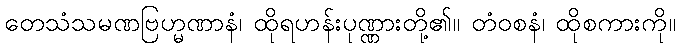
တေသံသမဏဗြဟ္မဏာနံ၊ ထိုရဟန်းပုဏ္ဏားတို့၏။ တံဝစနံ၊ ထိုစကားကို။